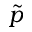
\tilde { p }